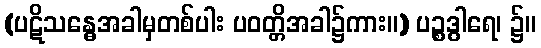
(ပဋိသန္ဓေအခါမှတစ်ပါး ပဝတ္တိအခါ၌ကား။) ပဉ္စဒွါရေ၊ ၌။